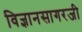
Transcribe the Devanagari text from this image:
विज्ञानसागरजी